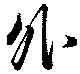
外